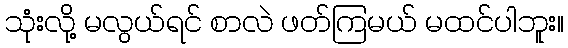
သုံးလို့ မလွယ်ရင် စာလဲ ဖတ်ကြမယ် မထင်ပါဘူး။